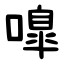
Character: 嘷